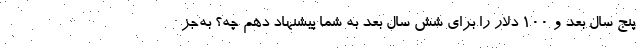
پنج سال بعد و ۱۰۰ دلار را برای شش سال بعد به شما پیشنهاد دهم چه؟ به‌جز